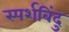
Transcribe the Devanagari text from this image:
स्पर्शबिंदु